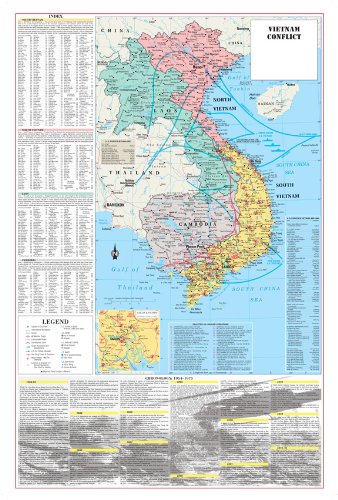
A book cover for Vietnam Conflict War Poster Map - Laminated; Travel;